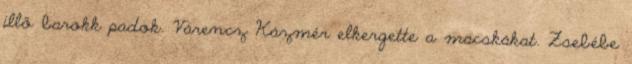
illő barokk padok. Várencz Kázmér elkergette a macskákat. Zsebébe